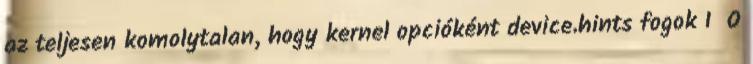
az teljesen komolytalan, hogy kernel opcióként device.hints fogok I O